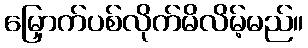
မြှောက်ပစ်လိုက်မိလိမ့်မည်။